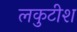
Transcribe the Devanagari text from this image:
लकुटीश